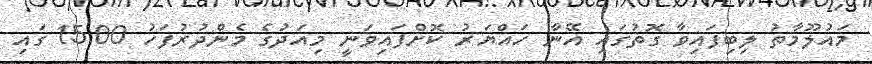
މައުލޫމާތު ލިބިފައިވާ ގޮތުގައި އޭނާ ހައްޔަރު ކޮށްފައިވަނީ މިއަދުގެ މެންދުރުފަހު 15:00 ގައި